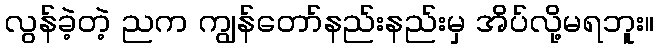
လွန်ခဲ့တဲ့ ညက ကျွန်တော်နည်းနည်းမှ အိပ်လို့မရဘူး။